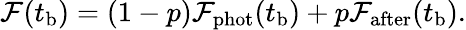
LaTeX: \begin{array}{r}{\mathcal{F}(t_{\mathrm{b}})=(1-p)\mathcal{F}_{\mathrm{phot}}(t_{\mathrm{b}})+p\mathcal{F}_{\mathrm{after}}(t_{\mathrm{b}}).}\end{array}